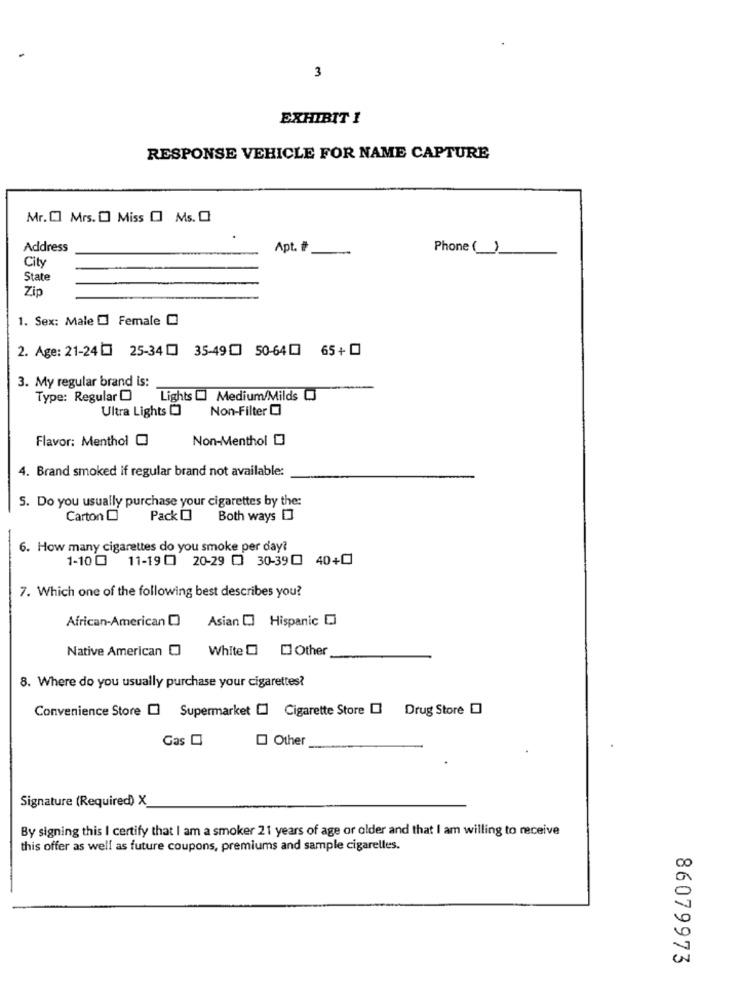
3
EXHIBIT I
RESPONSE VEHICLE FOR NAME CAPTURE
Mr. [] Mrs. O Miss [ Ms. O
Address
Apt. #
Phone ()
City
State
Zip
1. Sex: Male Female C
2. Age: 21-24 [ 25-34 [] 35-49[] 50-640 65+
3. My regular brand is:
Type: Regular O
Lights [ Medium/Milds O
Ultra Lights 0
Non-Filter
Flavor: Menthol O
Non-Menthol 0
4. Brand smoked if regular brand not available:
S. Do you usually purchase your cigarettes by the:
Carton O
Pack O
Both ways [
-
6. How many cigarettes do you smoke per day?
1-10 0 11-19 0 20-29 0 30-390 40+0
7. Which one of the following best describes you?
African-American (
Asian [] Hispanic
Native American O White [ [] Other
8. Where do you usually purchase your cigarettes?
Convenience Store [ Supermarket [] Cigarette Store [
Drug Store
Gas O
Other
Signature (Required) X_
By signing this I certify that I am a smoker 21 years of age or older and that I am willing to receive
this offer as well as future coupons, premiums and sample cigarelles.
86079973